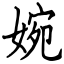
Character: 婉